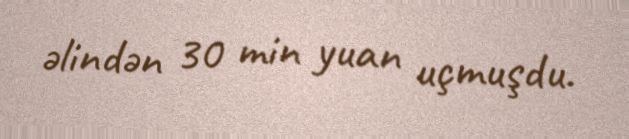
əlindən 30 min yuan uçmuşdu.